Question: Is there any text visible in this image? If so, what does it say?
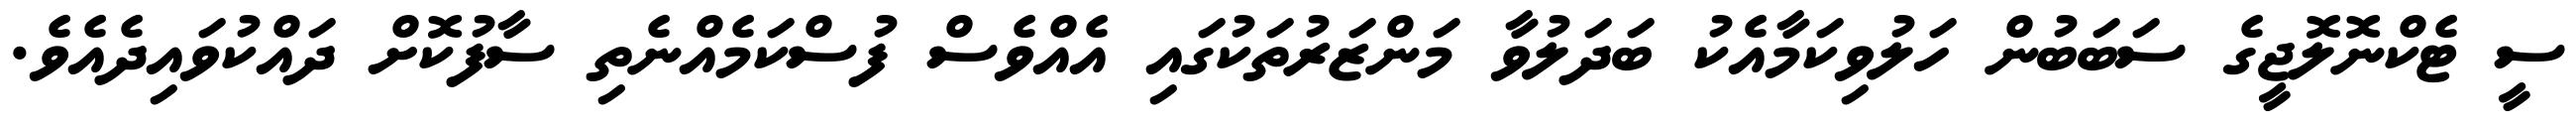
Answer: ސީ ޓެކްނޮލޮޖީގެ ސަބަބުން ހަލުވިކަމާއެކު ބަދަލުވާ މަންޒަރުތަކުގައި އެއްވެސް ފުސްކަމެއްނެތި ސާފުކޮށް ދައްކުވައިދެއެވެ.